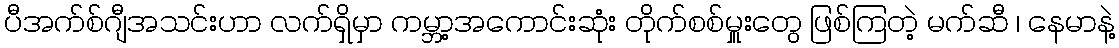
ပီအက်စ်ဂျီအသင်းဟာ လက်ရှိမှာ ကမ္ဘာ့အကောင်းဆုံး တိုက်စစ်မှူးတွေ ဖြစ်ကြတဲ့ မက်ဆီ ၊ နေမာနဲ့